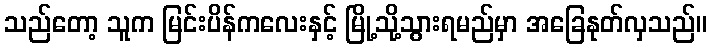
သည်တော့ သူက မြင်းပိန်ကလေးနှင့် မြို့သို့သွားရမည်မှာ အခြေနုတ်လှသည်။